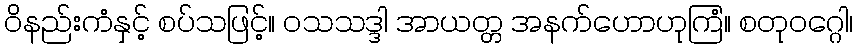
ဝိနည်းကံနှင့် စပ်သဖြင့်။ ဝသသဒ္ဒါ အာယတ္တ အနက်ဟောဟုကြံ။ စတုဝဂ္ဂေါ၊